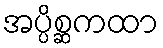
အပ္ပိစ္ဆကထာ